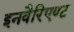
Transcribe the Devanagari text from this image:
इनवैरिएण्ट